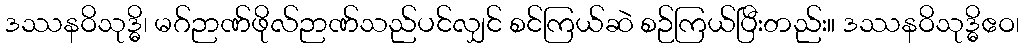
ဒဿနဝိသုဒ္ဓိ၊ မဂ်ဉာဏ်ဖိုလ်ဉာဏ်သည်ပင်လျှင် စင်ကြယ်ဆဲ စဉ်ကြယ်ပြီးတည်း။ ဒဿနဝိသုဒ္ဓိဧဝ၊